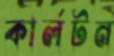
কার্লটন